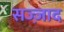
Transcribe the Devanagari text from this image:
सज्ज़ाद